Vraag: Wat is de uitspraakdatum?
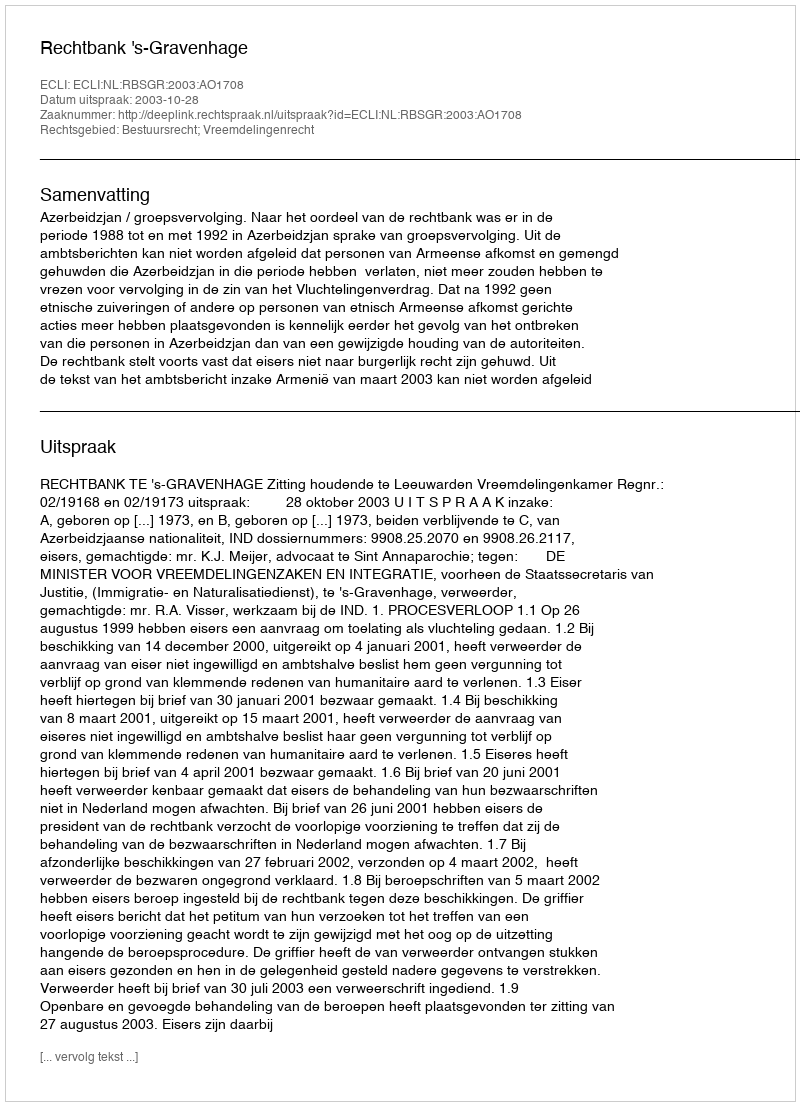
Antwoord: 2003-10-28